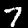
Label: 7